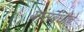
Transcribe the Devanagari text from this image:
यांसंबंधीचे